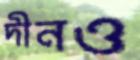
দীনও